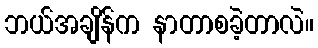
ဘယ်အချိန်က နာတာစခဲ့တာလဲ။